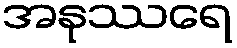
အနုဿရေ